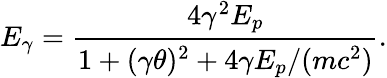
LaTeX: E_{\gamma}=\cfrac{4\gamma^{2}E_{p}}{1+(\gamma\theta)^{2}+4\gamma E_{p}/(mc^{2})}.